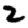
Digit: 2